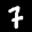
Label: 7